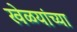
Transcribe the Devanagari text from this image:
खेळयांच्या